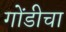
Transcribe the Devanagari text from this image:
गोंडीचा